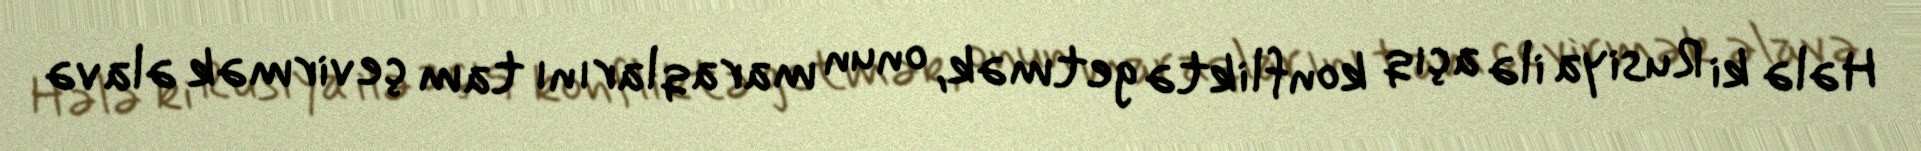
Hələ ki Rusiya ilə açıq konfliktə getmək, onun maraqlarını tam çevirmək əlavə